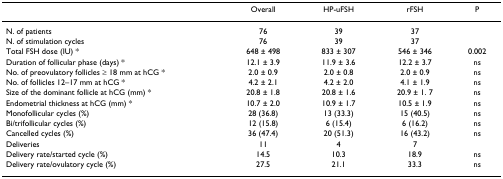
<table><thead><tr><td></td><td><b>Overall</b></td><td><b>HP-uFSH</b></td><td><b>rFSH</b></td><td><b>P</b></td></tr></thead><tbody><tr><td>N. of patients</td><td>76</td><td>39</td><td>37</td><td></td></tr><tr><td>N. of stimulation cycles</td><td>76</td><td>39</td><td>37</td><td></td></tr><tr><td>Total FSH dose (IU) *</td><td>648 ± 498</td><td>833 ± 307</td><td>546 ± 346</td><td>0.002</td></tr><tr><td>Duration of follicular phase (days) *</td><td>12.1 ± 3.9</td><td>11.9 ± 3.6</td><td>12.2 ± 3.7</td><td>ns</td></tr><tr><td>No. of preovulatory follicles ≥ 18 mm at hCG *</td><td>2.0 ± 0.9</td><td>2.0 ± 0.8</td><td>2.0 ± 0.9</td><td>ns</td></tr><tr><td>No. of follicles 12–17 mm at hCG *</td><td>4.2 ± 2.1</td><td>4.2 ± 2.0</td><td>4.1 ± 1.9</td><td>ns</td></tr><tr><td>Size of the dominant follicle at hCG (mm) *</td><td>20.8 ± 1.8</td><td>20.8 ± 1.6</td><td>20.9 ± 1. 7</td><td>ns</td></tr><tr><td>Endometrial thickness at hCG (mm) *</td><td>10.7 ± 2.0</td><td>10.9 ± 1.7</td><td>10.5 ± 1.9</td><td>ns</td></tr><tr><td>Monofollicular cycles (%)</td><td>28 (36.8)</td><td>13 (33.3)</td><td>15 (40.5)</td><td>ns</td></tr><tr><td>Bi/trifollicular cycles (%)</td><td>12 (15.8)</td><td>6 (15.4)</td><td>6 (16.2)</td><td>ns</td></tr><tr><td>Cancelled cycles (%)</td><td>36 (47.4)</td><td>20 (51.3)</td><td>16 (43.2)</td><td>ns</td></tr><tr><td>Deliveries</td><td>11</td><td>4</td><td>7</td><td></td></tr><tr><td>Delivery rate/started cycle (%)</td><td>14.5</td><td>10.3</td><td>18.9</td><td>ns</td></tr><tr><td>Delivery rate/ovulatory cycle (%)</td><td>27.5</td><td>21.1</td><td>33.3</td><td>ns</td></tr></tbody></table>